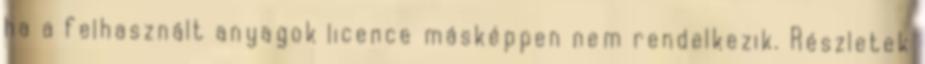
ha a felhasznált anyagok licence másképpen nem rendelkezik. Részletek